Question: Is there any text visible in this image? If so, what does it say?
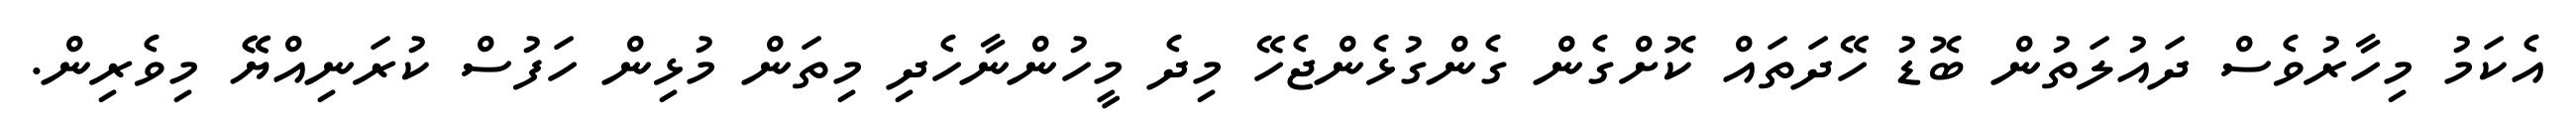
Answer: އެކަމު މިހާރުވެސް ދައުލަތުން ބޮޑު ހޭދަތައް ކޮށްގެން ގެންގުޅެންޖެހޭ މިދެ މީހުންނާހެދި މިތަން މުޅިން ހަފުސް ކުރަނިއްޔޭޭ މިވެރިން.